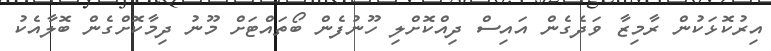
އިރުކޮޅަކުން ރާމިޒާ ވަދެގެން އައިސް ދިއްކޮށްލި ހޫނުފެން ބޯތައްޓަށް މޫނު ދިމާކޮށްގެން ބޮލާއެކު